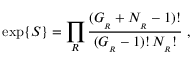
\exp \{ S \} = \prod _ { R } { \frac { ( G _ { _ R } + { \cal N } _ { _ R } - 1 ) ! } { ( G _ { _ R } - 1 ) ! \, { \cal N } _ { _ R } ! } } \ ,